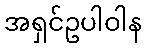
အရှင်ဥပါဝါန